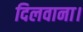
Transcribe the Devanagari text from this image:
दिलवाना।